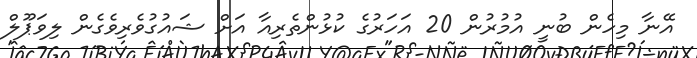
އޭނާ މިހެން ބުނީ އުމުރުން 20 އަހަރުގެ ކުޅުންތެރިއާ އަށް ޝައުގުވެރިވެގެން ލިވަޕޫލް